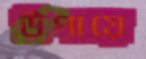
উপায়ে